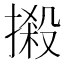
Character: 摋